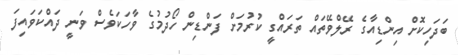
ބަދަހިކޮށް އިންޑިއާގެ ރޭލްވޭތައް ތަރައްގީ ކުރުމަށް ފަންޑިން ހޯދުމުގެ ވާހަކަވެސް ވަނީ ދައްކަވައިފަ